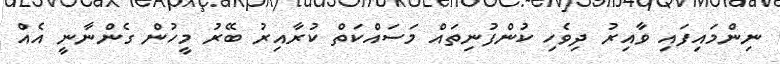
ނިންމައިފައި ވާއިރު ދިވެހި ކުންފުނިތައް މަސައްކަތް ކުރާއިރު ބޭރު މީހުން ގެންނާނީ އެއް